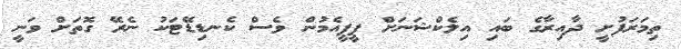
ތިމަރަފުށީ ދާއިރާގެ ބައި އިލެކްޝަނަށް ޕީޕީއެމުން ވެސް ކެނޑިޑޭޓަކު ނެރޭ ގޮތަށް ވަނީ